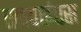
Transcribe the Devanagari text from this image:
एनवाईएस